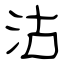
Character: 沽